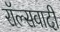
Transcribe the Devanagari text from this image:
रॉल्सवादी